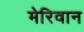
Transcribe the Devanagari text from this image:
मेरिवान